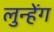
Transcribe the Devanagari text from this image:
लुन्हेंग